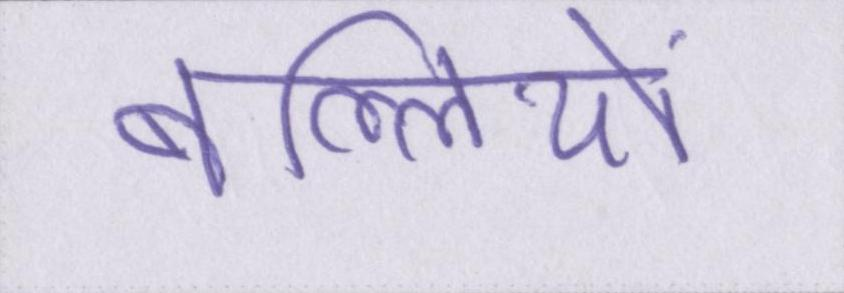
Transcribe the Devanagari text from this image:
बल्लियों